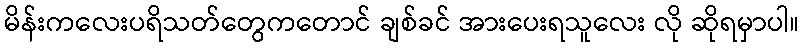
မိန်းကလေးပရိသတ်တွေကတောင် ချစ်ခင် အားပေးရသူလေး လို ဆိုရမှာပါ။